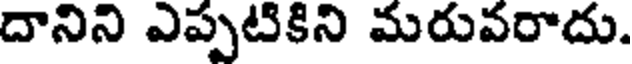
దానిని ఎప్పటికిని మరువరాదు.